画像に写った文字を読んでください
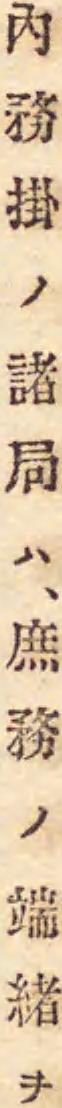
「內務掛ノ諸局ハ、庶務ノ端緖ヲ」と書いてあります